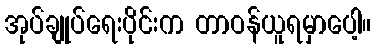
အုပ်ချုပ်ရေးပိုင်းက တာဝန်ယူရမှာပေါ့။